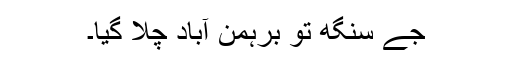
جے سنگھ تو برہمن آباد چلا گیا۔